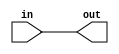
module sign_extend (in,out);
	parameter bits_in=0;  // FIXME Quartus insists on a default
	parameter bits_out=0;
	
	input [bits_in-1:0] in;
	output [bits_out-1:0] out;
	
	assign out = {{(bits_out-bits_in){in[bits_in-1]}},in};
	
endmodule